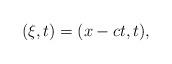
LaTeX: \begin{align*}(\xi,t)=(x-ct,t),\end{align*}